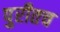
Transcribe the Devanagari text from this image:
पुरीतच